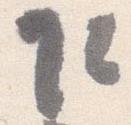
乍